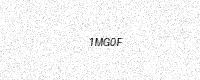
Text: 1MG0F